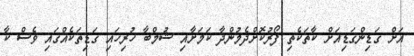
އަށް ގަޑިންގަޑިއަށް ކާތަކެތި ފޯރުކޮށްދެމުންދާ ކަމަށާއި ޝުމްބާ ހުރިހައި ގަޑިތަކެއްގައި ވެސް ކާ